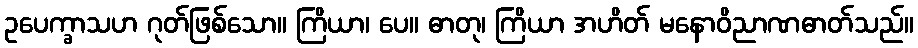
ဥပေက္ခာသဟ ဂုတ်ဖြစ်သော။ ကြိယာ၊ ပေ။ ဓာတု၊ ကြိယာ အဟိတ် မနောဝိညာဏဓာတ်သည်။